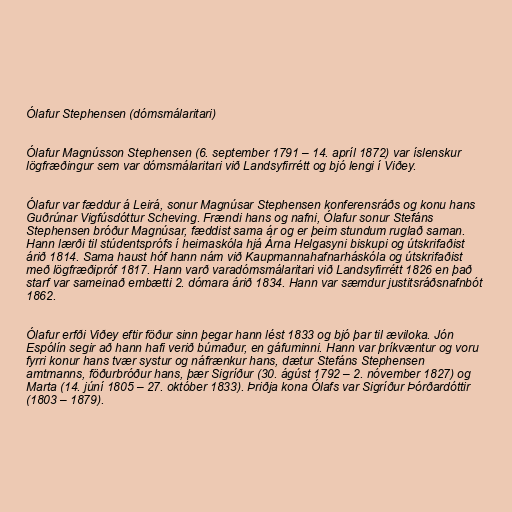
Ólafur Stephensen (dómsmálaritari)

Ólafur Magnússon Stephensen (6. september 1791 – 14. apríl 1872) var íslenskur
lögfræðingur sem var dómsmálaritari við Landsyfirrétt og bjó lengi í Viðey.

Ólafur var fæddur á Leirá, sonur Magnúsar Stephensen konferensráðs og konu hans
Guðrúnar Vigfúsdóttur Scheving. Frændi hans og nafni, Ólafur sonur Stefáns
Stephensen bróður Magnúsar, fæddist sama ár og er þeim stundum ruglað saman.
Hann lærði til stúdentsprófs í heimaskóla hjá Árna Helgasyni biskupi og útskrifaðist
árið 1814. Sama haust hóf hann nám við Kaupmannahafnarháskóla og útskrifaðist
með lögfræðipróf 1817. Hann varð varadómsmálaritari við Landsyfirrétt 1826 en það
starf var sameinað embætti 2. dómara árið 1834. Hann var sæmdur justitsráðsnafnbót
1862.

Ólafur erfði Viðey eftir föður sinn þegar hann lést 1833 og bjó þar til æviloka. Jón
Espólín segir að hann hafi verið búmaður, en gáfuminni. Hann var þríkvæntur og voru
fyrri konur hans tvær systur og náfrænkur hans, dætur Stefáns Stephensen
amtmanns, föðurbróður hans, þær Sigríður (30. ágúst 1792 – 2. nóvember 1827) og
Marta (14. júní 1805 – 27. október 1833). Þriðja kona Ólafs var Sigríður Þórðardóttir
(1803 – 1879).